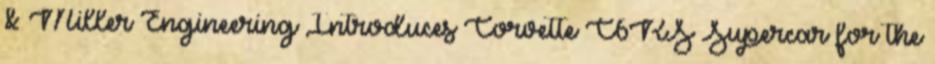
& Miller Engineering Introduces Corvette C6RS Supercar for the